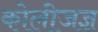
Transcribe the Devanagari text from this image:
कोलीजज्ञ